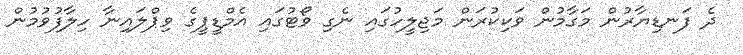
ދެ ފަނޑިޔާރުން މަގާމުން ވަކިކުރަން މަޖިލީހުގައި ނެގި ވޯޓުގައި އެމްޑީޕީގެ ވިޕްލައިނާ ހިލާފުވުމުން